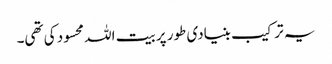
یہ ترکیب بنیادی طور پر بیت اللہ محسود کی تھی۔